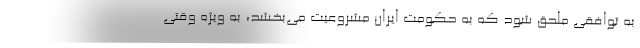
به توافقی ملحق شود که به حکومت ایران مشروعیت می‌بخشد، به ویژه وقتی